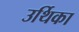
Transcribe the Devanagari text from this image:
उर्थिका